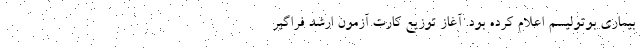
بیماری بوتولیسم اعلام کرده بود. آغاز توزیع کارت آزمون ارشد فراگیر